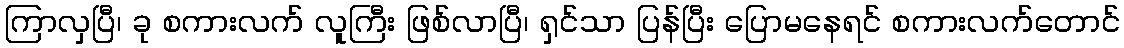
ကြာလှပြီ၊ ခု စကားလက် လူကြီး ဖြစ်လာပြီ၊ ရှင်သာ ပြန်ပြီး ပြောမနေရင် စကားလက်တောင်